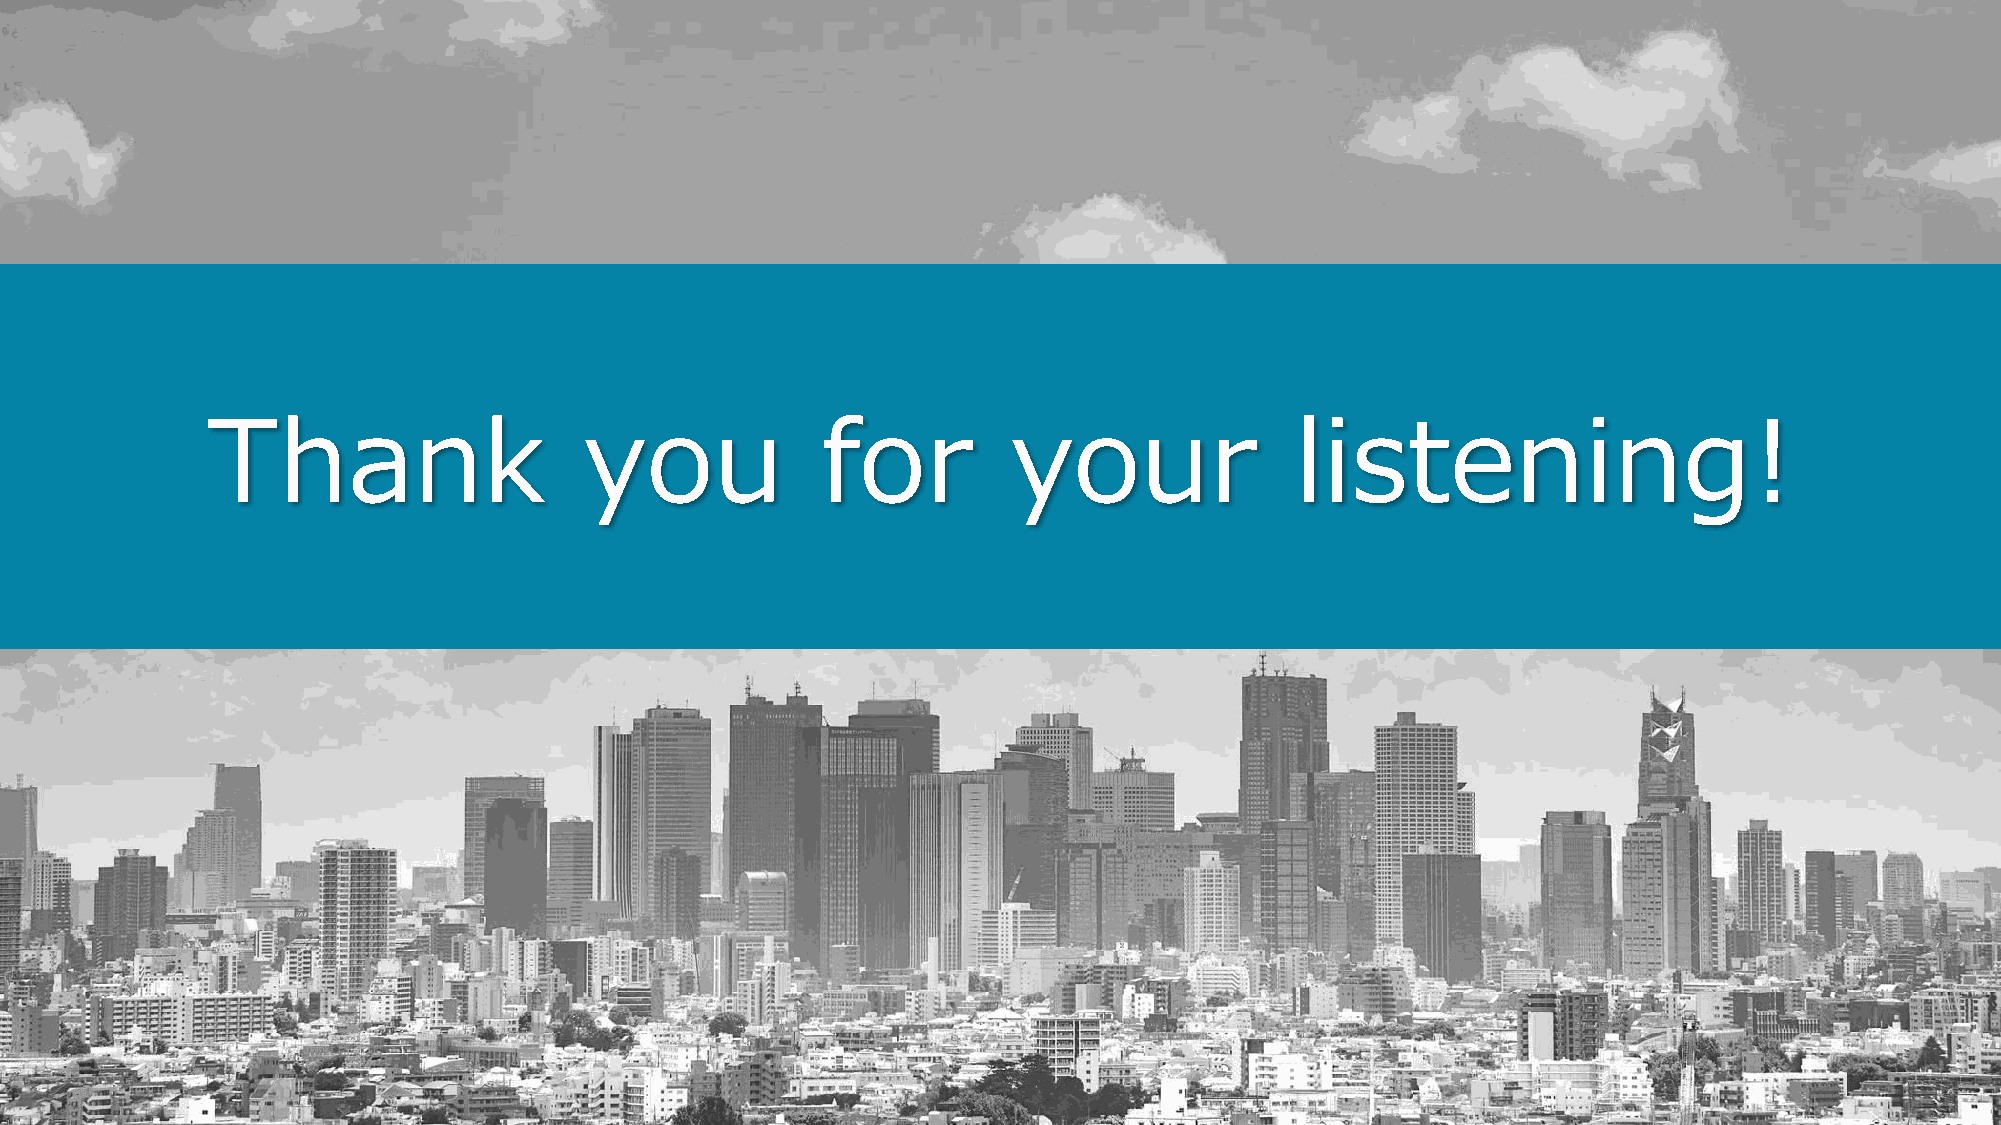
Thank                    you            for          your               listening!